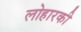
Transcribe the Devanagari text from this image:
लोहारकी